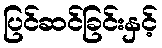
ပြင်ဆင်ခြင်းနှင့်